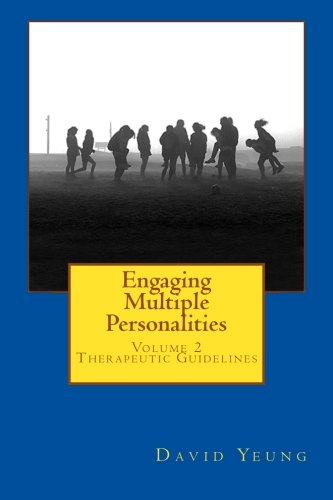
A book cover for Engaging Multiple Personalities: Therapeutic Guidelines (Volume 2); David Yeung; Health, Fitness & Dieting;